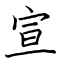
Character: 宣